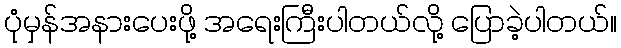
ပုံမှန်အနားပေးဖို့ အရေးကြီးပါတယ်လို့ ပြောခဲ့ပါတယ်။